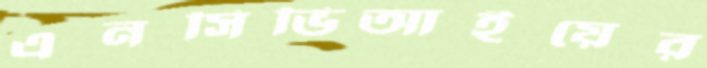
এনসিভিআইয়ের